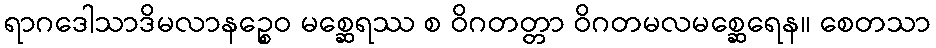
ရာဂဒေါသာဒိမလာနဉ္စေဝ မစ္ဆေရဿ စ ဝိဂတတ္တာ ဝိဂတမလမစ္ဆေရေန။ စေတသာ